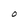
Character: O